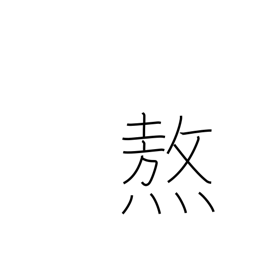
Meaning: roast